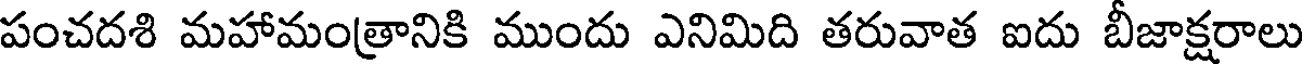
పంచదశి మహామంత్రానికి ముందు ఎనిమిది తరువాత ఐదు బీజాక్షరాలు